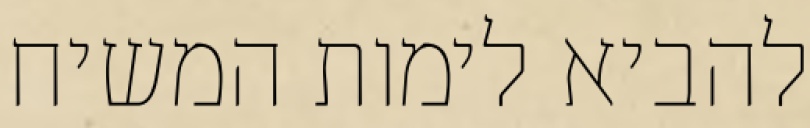
להביא לימות המשיח